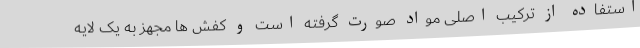
استفاده از ترکیب اصلی مواد صورت گرفته است و کفش ها مجهز به یک لایه